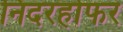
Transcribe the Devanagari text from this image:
निदरहोफर